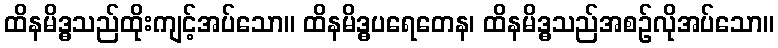
ထိနမိဒ္ဓသည်ထိုးကျင့်အပ်သော။ ထိနမိဒ္ဓပရေတေန၊ ထိနမိဒ္ဓသည်အစဉ်လိုအပ်သော။